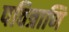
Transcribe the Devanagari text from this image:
पवित्राणि